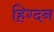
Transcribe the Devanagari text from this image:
हिग्दन